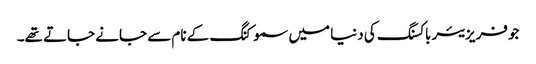
جو فریزیئر باکسنگ کی دنیا میں سموکنگ کے نام سے جانے جاتے تھے۔